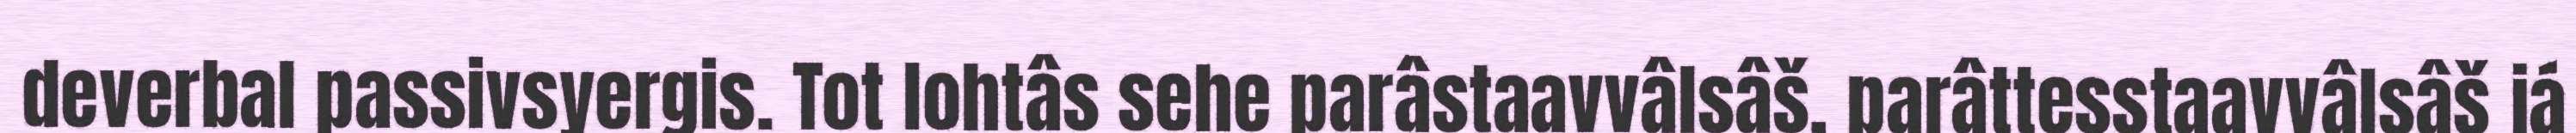
deverbal passivsyergis. Tot lohtâs sehe parâstaavvâlsâš, parâttesstaavvâlsâš já